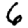
Digit: 6